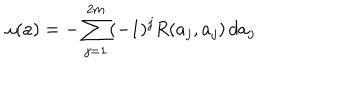
LaTeX: \omega ( a ) = - \sum _ { j = 1 } ^ { 2 m } ( - 1 ) ^ { j } R ( a _ { j } , a _ { j } ) \, d a _ { j }